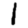
Digit: 1